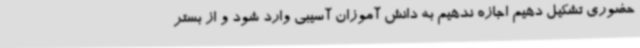
حضوری تشکیل دهیم اجازه ندهیم به دانش آموزان آسیبی وارد شود و از بستر